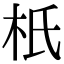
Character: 𣏚